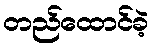
တည်ထောင်ခဲ့